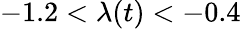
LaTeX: -1.2<\lambda(t)<-0.4